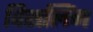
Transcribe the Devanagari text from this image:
विसलिंग